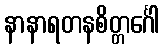
နာနာရတနစိတ္တင်္ဂေါ